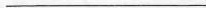
___